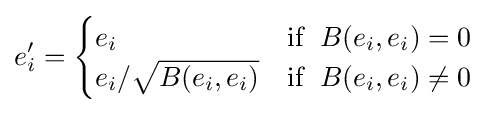
e'_{i}={\begin{cases}e_{i}&{\text{if }}\;B(e_{i},e_{i})=0\\e_{i}/{\sqrt {B(e_{i},e_{i})}}&{\text{if }}\;B(e_{i},e_{i})\neq 0\\\end{cases}}